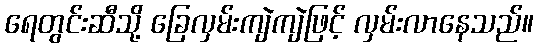
ရေတွင်းဆီသို့ ခြေလှမ်းကျဲကျဲဖြင့် လှမ်းလာနေသည်။